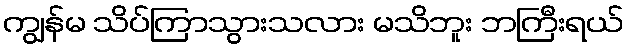
ကျွန်မ သိပ်ကြာသွားသလား မသိဘူး ဘကြီးရယ်